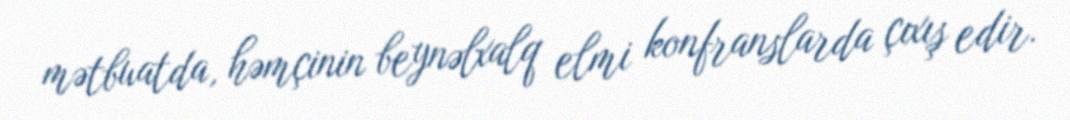
mətbuatda, həmçinin beynəlxalq elmi konfranslarda çıxış edir.